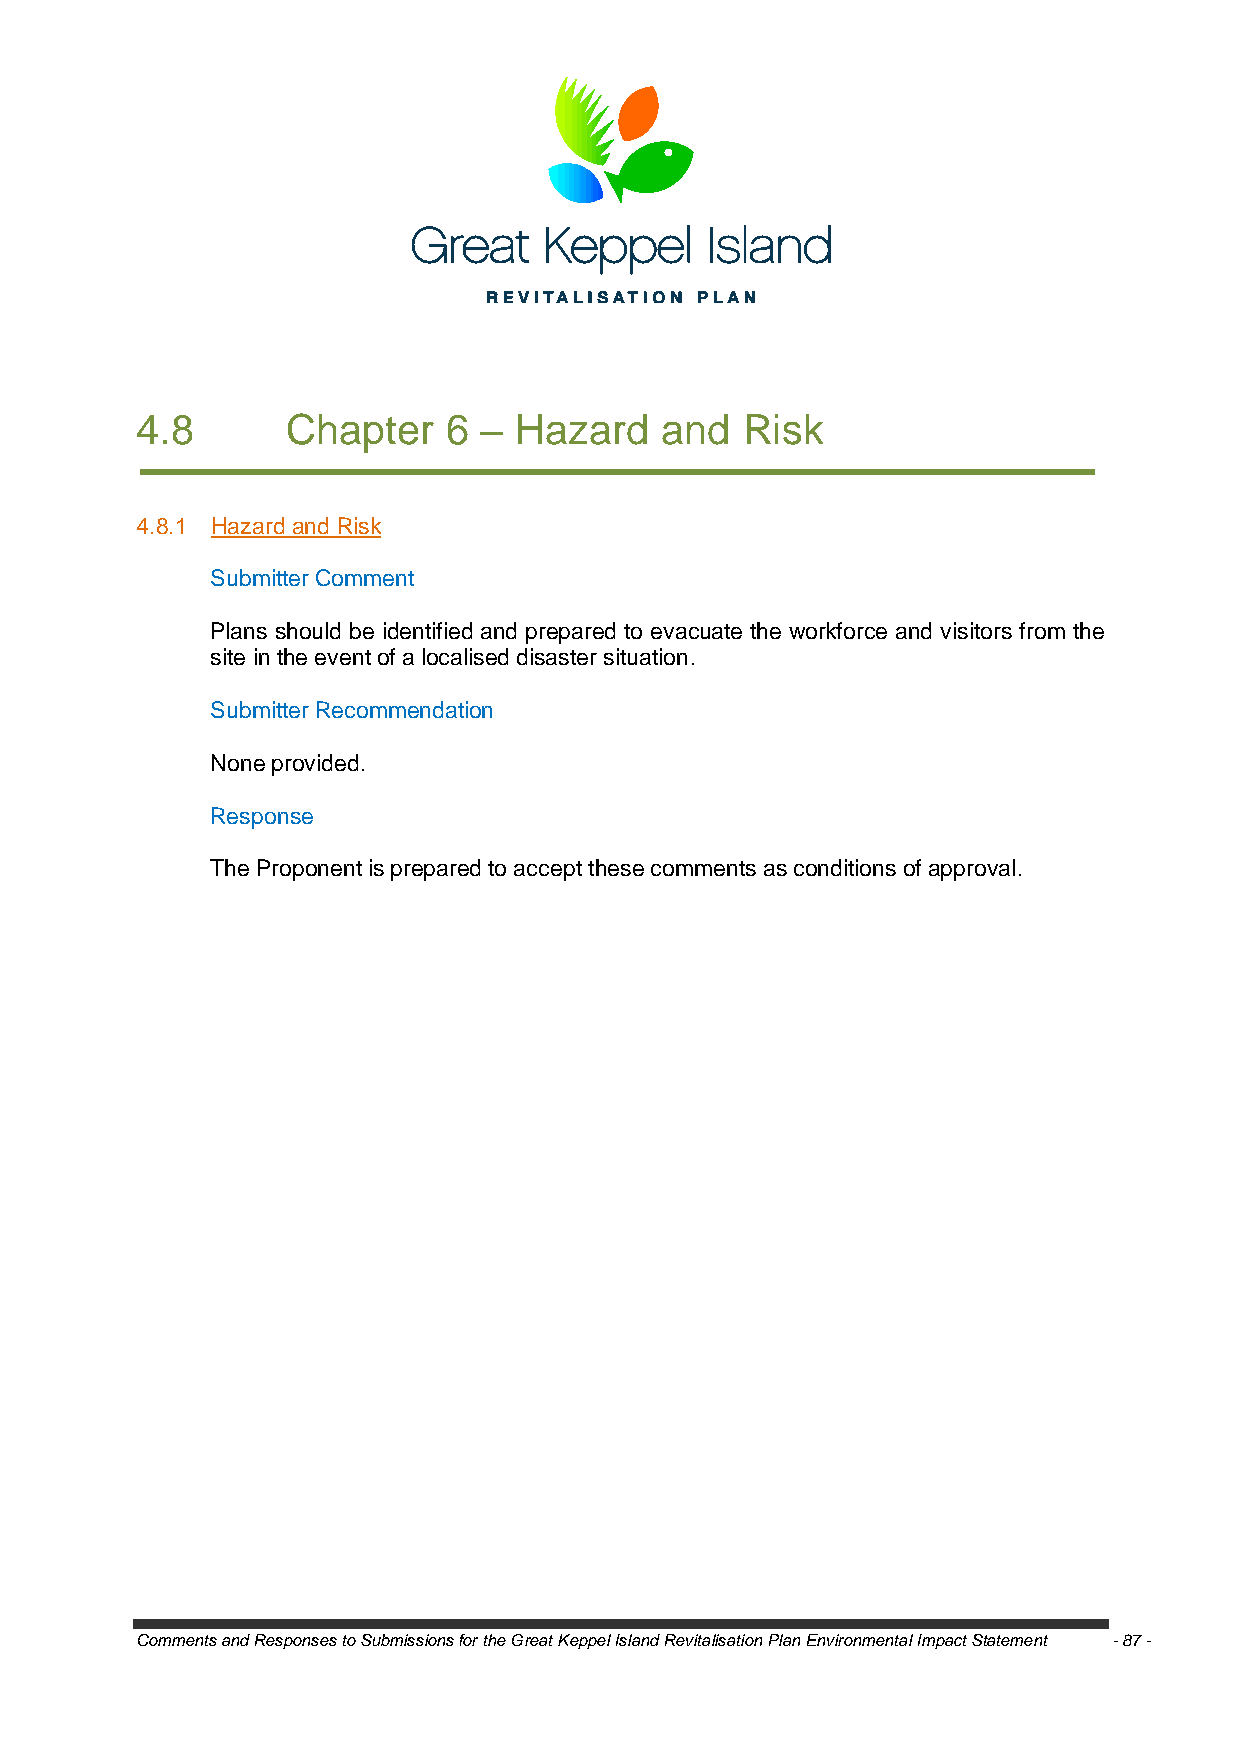
4.8       Chapter   6  – Hazard    and  Risk
 4.8.1 Hazard and Risk
 Submitter Comment
 Plans should be identified and prepared to evacuate the workforce and visitors from the
 site in the event of a localised disaster situation.
 Submitter Recommendation
 None provided.
 Response
 The Proponent is prepared to accept these comments as conditions of approval.
 Comments and Responses to Submissions for the Great Keppel Island Revitalisation Plan Environmental Impact Statement - 87 -